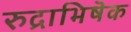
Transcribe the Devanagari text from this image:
रुद्राभिषॆक